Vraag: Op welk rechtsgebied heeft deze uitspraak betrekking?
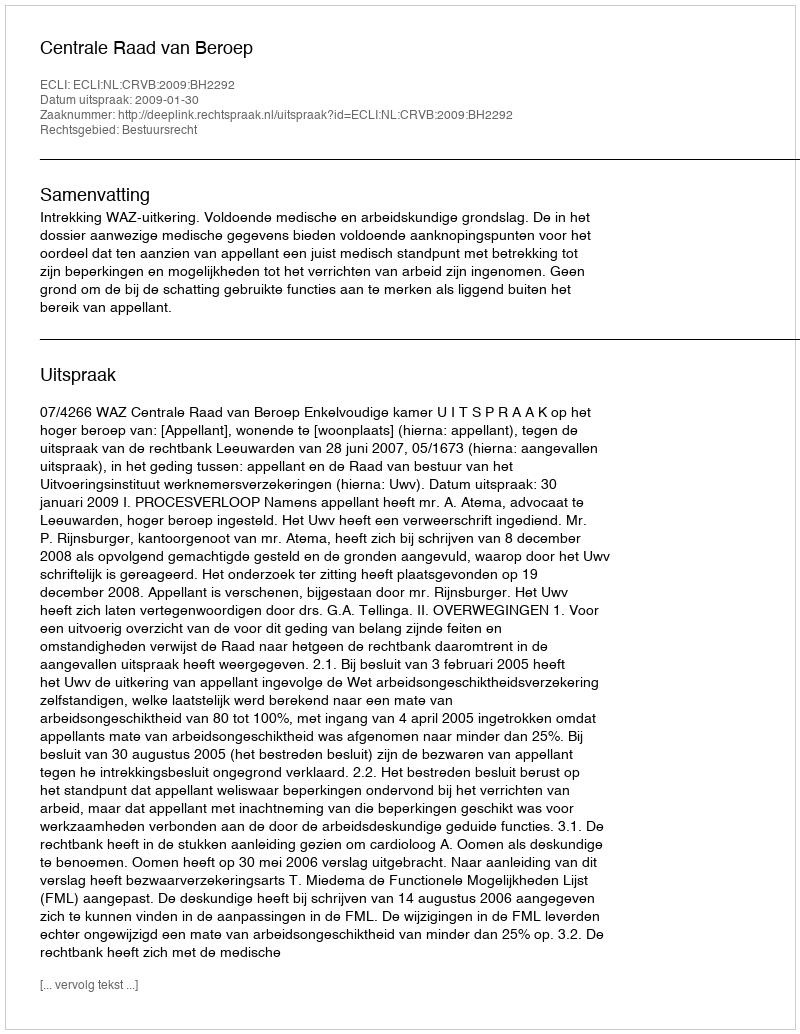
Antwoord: Bestuursrecht